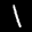
Label: 1